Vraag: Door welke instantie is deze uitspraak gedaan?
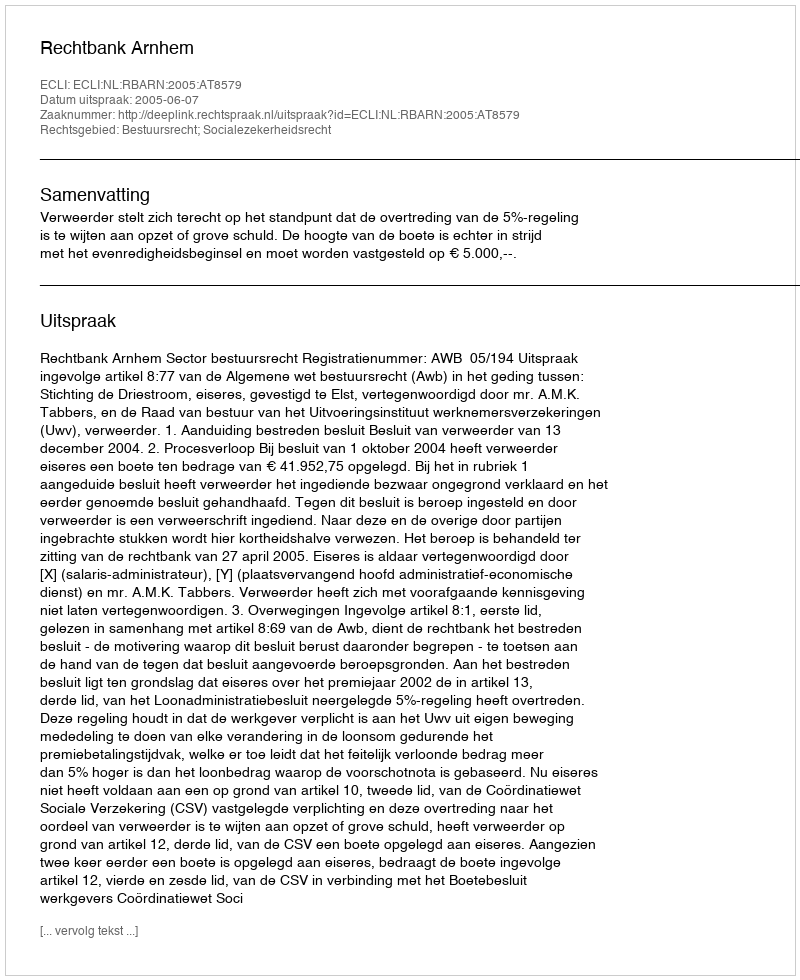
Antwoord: Rechtbank Arnhem